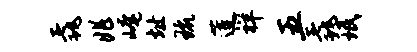
毳兆崦址琉莲祥五毳珉